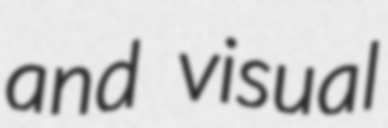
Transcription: and visual